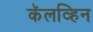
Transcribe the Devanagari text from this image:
कॅलव्हिन